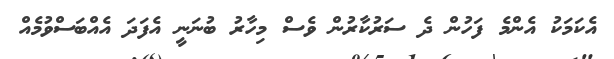
އެކަމަކު އެންމެ ފަހުން ދެ ސަރުކާރުން ވެސް މިހާރު ބުނަނީ އެފަދަ އެއްބަސްވުމެއް